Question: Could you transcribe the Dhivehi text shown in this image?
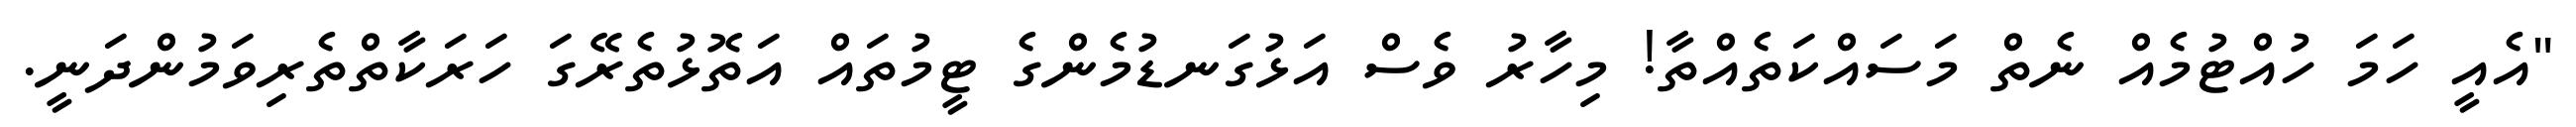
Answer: "އެއީ ހަމަ ހުއްޓުމެއް ނެތް މަސައްކަތެއްތާ! މިހާރު ވެސް އަޅުގަނޑުމެންގެ ޓީމުތައް އަތޮޅުތެރޭގަ ހަރަކާތްތެރިވަމުންދަނީ.